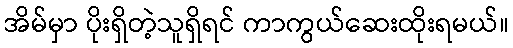
အိမ်မှာ ပိုးရှိတဲ့သူရှိရင် ကာကွယ်ဆေးထိုးရမယ်။